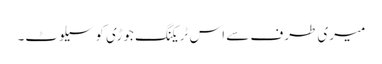
میری طرف سے اس ٹریکنگ جوڑی کو سیلوٹ۔